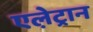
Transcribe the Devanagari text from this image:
एले़ट्रान